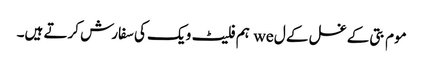
موم بتی کے غسل کے ل we ہم فلیٹ ویک کی سفارش کرتے ہیں۔